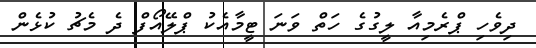
ދިވެހި ޕްރެމިއާ ލީގުގެ ހަތް ވަނަ ޓީމާއެކު ޕްލޭއޯފް ދެ މެޗު ކުޅެން